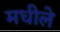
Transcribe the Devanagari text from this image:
मधीले